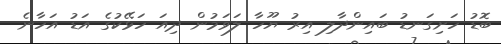
ބޮޑު ހަށިގަނޑު ބައިންދާލި އިރު ޔޫހާ ލަވަމުން ދިއަ ހަޅޭކުގެ އަޑު އަހާނެ